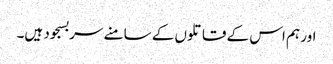
اور ہم اس کے قاتلوں کے سامنے سربسجود ہیں۔